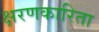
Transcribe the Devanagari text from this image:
क्षरणकारिता